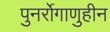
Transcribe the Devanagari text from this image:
पुनर्रोगाणुहीन